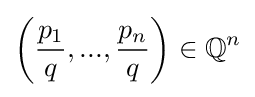
\left({\frac {p_{1}}{q}},...,{\frac {p_{n}}{q}}\right)\in \mathbb {Q} ^{n}